Indian journal of veterinary science and animal husbandry - Volumes 26-27, 1956-1957
Year: 1956
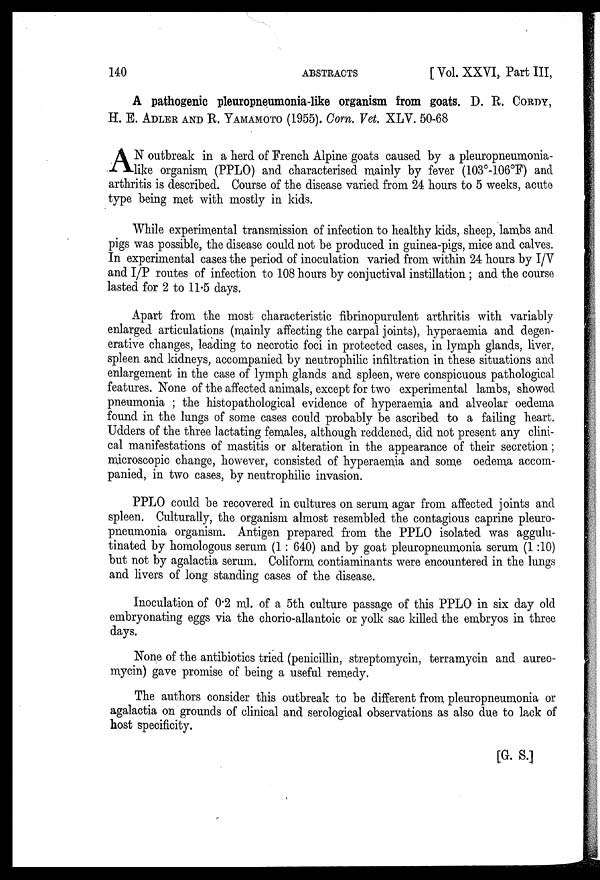
140
ABSTRACTS
[ Vol. XXVI, Part III,
A pathogenic pleuropneumonia-like organism from goats. D. R. CORDY,
H. E. ADLER AND R. YAMAMOTO (1955). Corn. Vet. XLV. 50-68
A N outbreak in a herd of French Alpine goats caused by a pleuropneumonia-
like organism (PPLO) and characterised mainly by fever (103°-106°F) and
arthritis is described. Course of the disease varied from 24 hours to 5 weeks, acute
type being met with mostly in kids.
While experimental transmission of infection to healthy kids, sheep, lambs and
pigs was possible, the disease could not be produced in guinea-pigs, mice and calves.
In experimental cases the period of inoculation varied from within 24 hours by I/V
and I/P routes of infection to 108 hours by conjuctival instillation ; and the course
lasted for 2 to 11.5 days.
Apart from the most characteristic fibrinopurulent arthritis with variably
enlarged articulations (mainly affecting the carpal joints), hyperaemia and degen-
erative changes, leading to necrotic foci in protected cases, in lymph glands, liver,
spleen and kidneys, accompanied by neutrophilic infiltration in these situations and
enlargement in the case of lymph glands and spleen, were conspicuous pathological
features. None of the affected animals, except for two experimental lambs, showed
pneumonia ; the histopathological evidence of hyperaemia and alveolar oedema
found in the lungs of some cases could probably be ascribed to a failing heart.
Udders of the three lactating females, although reddened, did not present any clini-
cal manifestations of mastitis or alteration in the appearance of their secretion;
microscopic change, however, consisted of hyperaemia and some oedema accom-
panied, in two cases, by neutrophilic invasion.
PPLO could be recovered in cultures on serum agar from affected joints and
spleen. Culturally, the organism almost resembled the contagious caprine pleuro-
pneumonia organism. Antigen prepared from the PPLO isolated was aggulu-
tinated by homologous serum (1 : 640) and by goat pleuropneumonia serum (1 :10)
but not by agalactia serum. Coliform contiaminants were encountered in the lungs
and livers of long standing cases of the disease.
Inoculation of 0.2 ml. of a 5th culture passage of this PPLO in six day old
embryonating eggs via the chorio-allantoic or yolk sac killed the embryos in three
days.
None of the antibiotics tried (penicillin, streptomycin, terramycin and aureo-
mycin) gave promise of being a useful remedy.
The authors consider this outbreak to be different from pleuropneumonia or
agalactia on grounds of clinical and serological observations as also due to lack of
host specificity.
[G. S.]